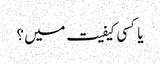
یا کسی کیفیت میں ؟